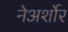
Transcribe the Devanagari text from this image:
नेअर्शोर